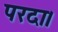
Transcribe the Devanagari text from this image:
परदा।